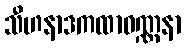
သီဟနာဒကထာဝဏ္ဏနာ